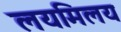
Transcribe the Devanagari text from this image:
लयमिलय